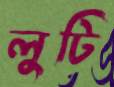
লুটি